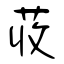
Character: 荍